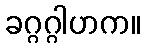
ခဂ္ဂဂ္ဂါဟက။